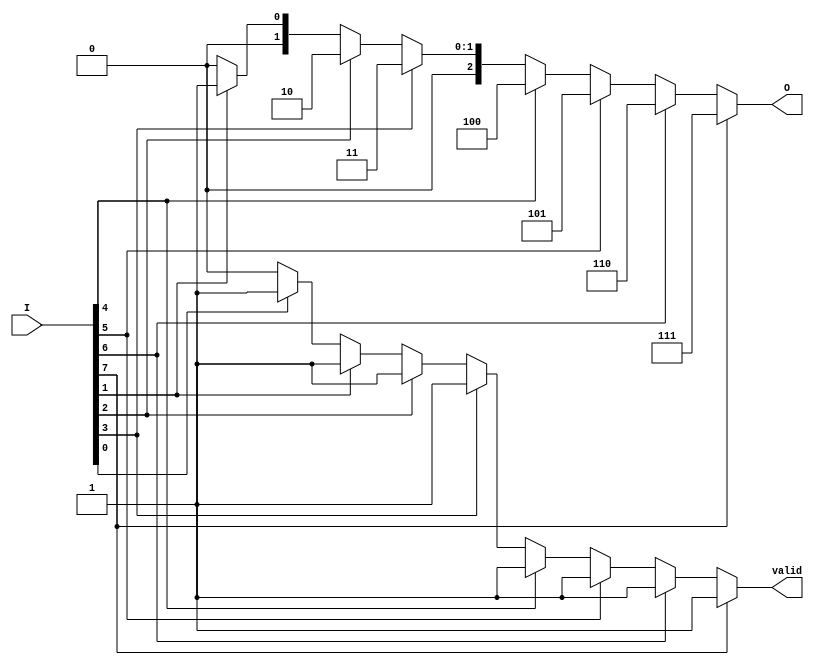
module encoder_8to3 (
    input wire [7:0] I,    // 8 input lines
    output reg [2:0] O,    // 3-bit output
    output reg valid        // Valid signal
);

always @(*) begin
    // Default output and valid signal
    O = 3'b000; // Default output for invalid state
    valid = 1'b0; // Default valid signal

    // Priority encoding
    case (1'b1) // Check for the highest priority input
        I[7]: begin O = 3'b111; valid = 1'b1; end
        I[6]: begin O = 3'b110; valid = 1'b1; end
        I[5]: begin O = 3'b101; valid = 1'b1; end
        I[4]: begin O = 3'b100; valid = 1'b1; end
        I[3]: begin O = 3'b011; valid = 1'b1; end
        I[2]: begin O = 3'b010; valid = 1'b1; end
        I[1]: begin O = 3'b001; valid = 1'b1; end
        I[0]: begin O = 3'b000; valid = 1'b1; end
        default: begin O = 3'b000; valid = 1'b0; end // Invalid state
    endcase
end

endmodule